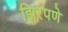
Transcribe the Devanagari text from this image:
झिरपणे